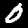
Label: 0